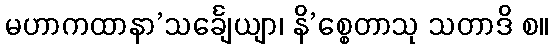
မဟာကထာနာ’သင်္ချေယျာ၊ နိ’စ္စေတာသု သတာဒိ စ။